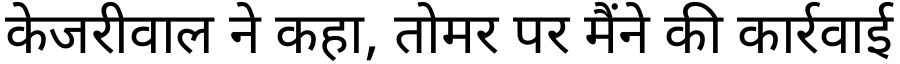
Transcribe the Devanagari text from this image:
केजरीवाल ने कहा, तोमर पर मैंने की कार्रवाई